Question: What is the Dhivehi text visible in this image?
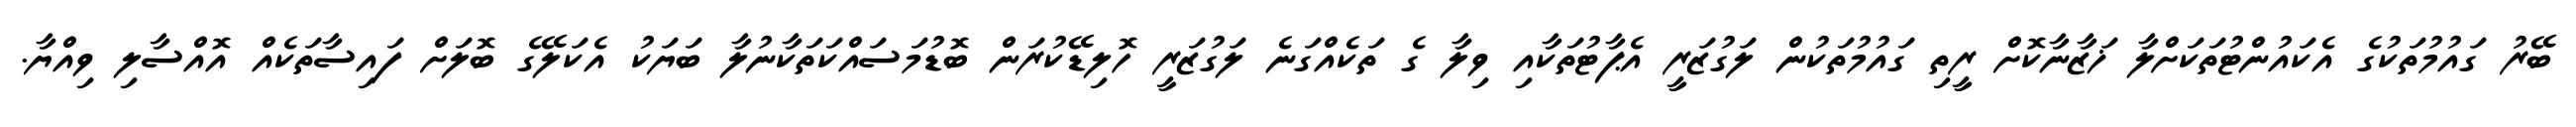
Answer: ބޭރު ގައުމުތަކުގެ އެކައުންޓުތަކަށްލާ ޚަޒާނާކޮށް ރީތި ގައުމުތަކުން ލަގުޒަރީ އެޕާޓުތަކާއި ވިލާ ގެ ތަކެއްގަނެ ލަގުޒަރީ ހޮލިޑޭކުރަން ބޮޑުމަސައްކަތަކާނުލާ ބަޔަކު އެކަލޭގެ ބޮލަށް ފައިސާތަކެއް އޮއްސާލި ވިއްޔާ.